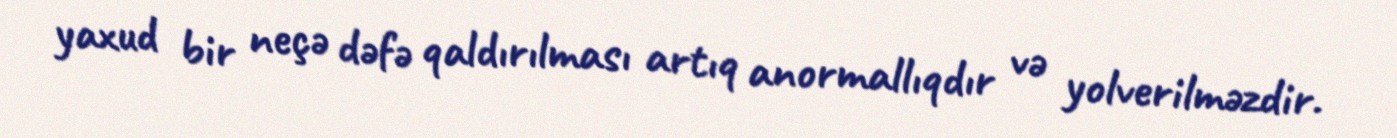
yaxud bir neçə dəfə qaldırılması artıq anormallıqdır və yolverilməzdir.